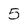
Character: 5